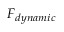
F _ { d y n a m i c }